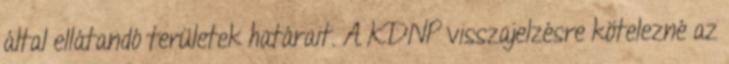
által ellátandó területek határait. A KDNP visszajelzésre kötelezné az